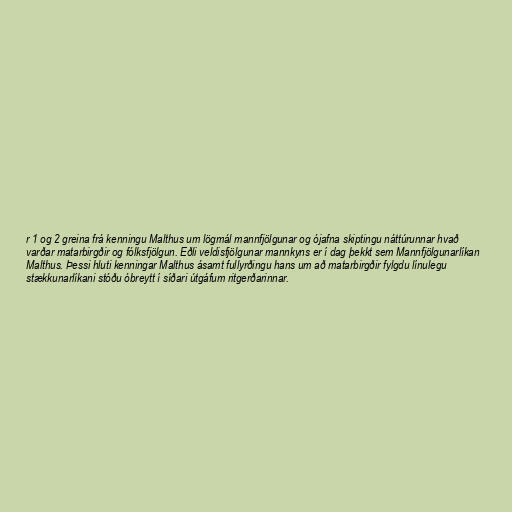
r 1 og 2 greina frá kenningu Malthus um lögmál mannfjölgunar og ójafna skiptingu náttúrunnar hvað
varðar matarbirgðir og fólksfjölgun. Eðli veldisfjölgunar mannkyns er í dag þekkt sem Mannfjölgunarlíkan
Malthus. Þessi hluti kenningar Malthus ásamt fullyrðingu hans um að matarbirgðir fylgdu línulegu
stækkunarlíkani stóðu óbreytt í síðari útgáfum ritgerðarinnar.